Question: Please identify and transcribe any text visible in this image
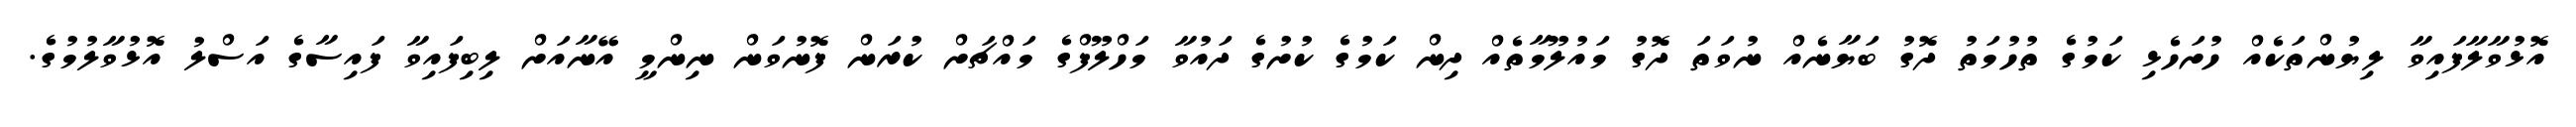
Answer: އޮޅުވާލާފައިވާ ލިޔުންތަކެއް ހުށަހެޅި ކަމުގެ ތުހުމަތު ދޮގު ބަޔާނެއް ނުވަތަ ދޮގު މައުލޫމާތެއް ދިން ކަމުގެ ކުށުގެ ދައުވާ މަހްލޫފްގެ މައްޗަށް ކުރަން ފޮނުވަން ނިންމީ އޭނާއަށް ލިބިފައިވާ ފައިސާގެ އަސްލު އޮޅުވާލުމުގެ.